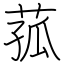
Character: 菰